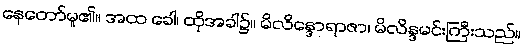
နေတော်မူ၏။ အထ ခေါ၊ ထိုအခါ၌။ မိလိန္ဒောရာဇာ၊ မိလိန္ဒမင်းကြီးသည်။